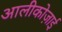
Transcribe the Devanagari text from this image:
आलीकोज़ाई